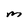
Character: M